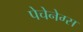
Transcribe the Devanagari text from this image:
पेचेनेग्स